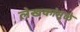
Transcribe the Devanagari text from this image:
लेखकांमुळे